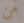
من